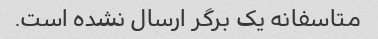
متاسفانه یک برگر ارسال نشده است.